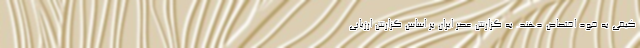
کیفی به خود اختصاص دهند. به گزارش عصر ایران بر اساس گزارش ارزیابی